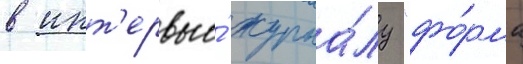
в инт'ервью́ журна́лу "фо́рма